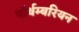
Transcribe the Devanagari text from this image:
नॉर्थम्बरियन